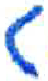
אות: ג